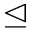
\trianglelefteq